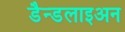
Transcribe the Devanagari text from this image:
डैन्डलाइअन